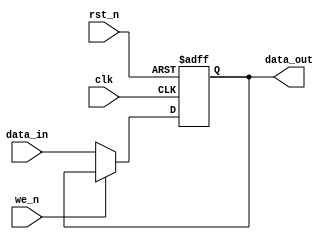
`timescale 1ns / 1ps
module reg_8bit(clk, rst_n, we_n, data_in, data_out);
input clk, rst_n, we_n;
input [7:0] data_in;
output reg [7:0] data_out;
always @(posedge clk, negedge rst_n) begin
  if(!rst_n) begin
    data_out <= 0;  
  end else if(!we_n) begin
    data_out <= data_in;
  end
end
endmodule